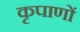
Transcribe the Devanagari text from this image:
कृपाणों